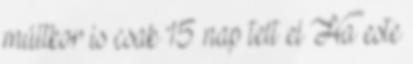
múltkor is csak 15 nap telt el Ha este